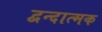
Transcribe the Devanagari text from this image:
द्वन्दात्मक